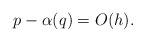
\begin{align*}p-\alpha(q) = O(h).\end{align*}